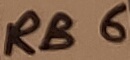
Text: RB6